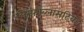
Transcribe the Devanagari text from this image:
लिम्फोब्लासटिक